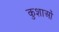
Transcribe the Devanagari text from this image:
कुशाओं